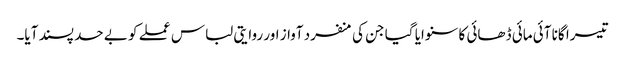
تیسرا گانا آئی مائی ڈھائی کا سنوایا گیا جن کی منفرد آواز اور روایتی لباس عملے کو بے حد پسند آیا۔